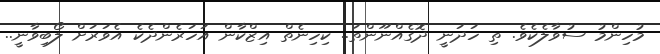
މުހިންމު ސުވާލެކެވެ. ތި ހަދަނީ ދޮގެއްނޫންތަ.. ކިހިނެތް އިޒްކާން އަހަރެންދެކެ އެވަރަށް ލޯބިވާނީ..